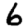
Digit: 6